Civil Veterinary Department. Central Provinces & Berar 1925-31 - 1925-1931
Year: 1925
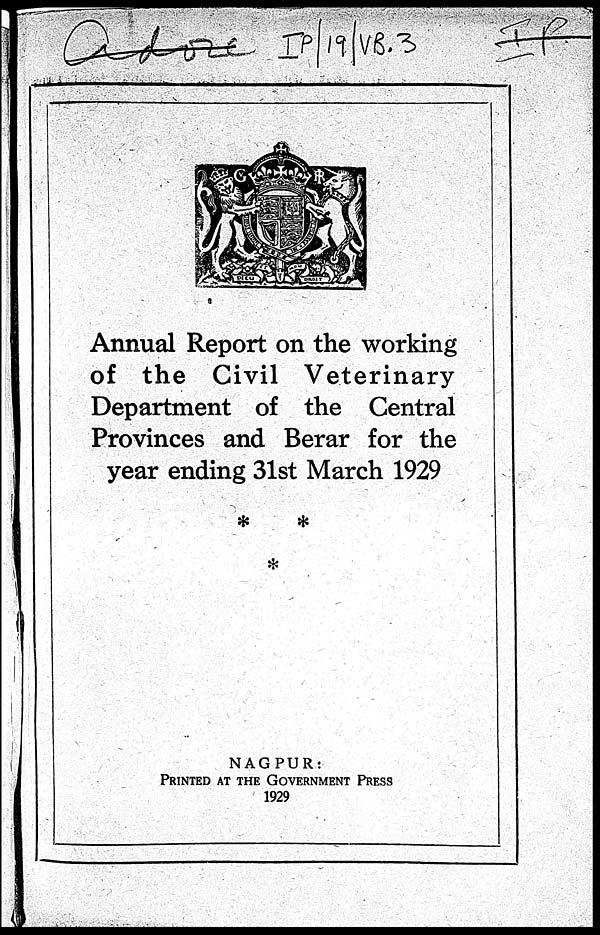
Annual Report on the working
of the Civil Veterinary
Department of the Central
Provinces and Berar for the
year ending 31st March 1929
NAGPUR:
PRINTED AT THE GOVERNFMENT PRESS
1929